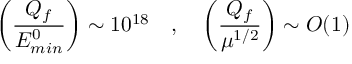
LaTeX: \left( \frac { Q _ { f } } { E _ { m i n } ^ { 0 } } \right) \sim 1 0 ^ { 1 8 } \ \ \ , \ \ \ \left( \frac { Q _ { f } } { \mu ^ { 1 / 2 } } \right) \sim O ( 1 )